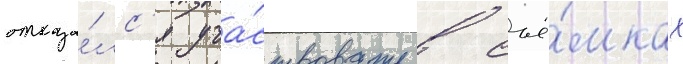
отказа́лс'я уча́ствовать в съё́мках